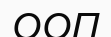
ООП